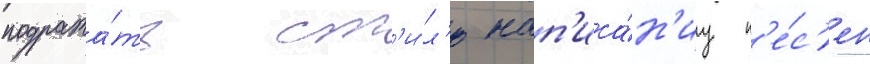
подража́ть ст'и́л'ю нап'иса́н'иу п'е́с'ен